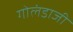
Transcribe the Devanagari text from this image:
गोलंडाजी